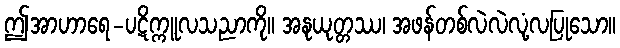
ဤအာဟာရေ-ပဋိက္ကူလသညာကို။ အနုယုတ္တဿ၊ အဖန်တစ်လဲလဲလုံ့လပြုသော။